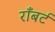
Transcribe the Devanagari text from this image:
राँबर्ट